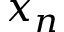
x _ { n }